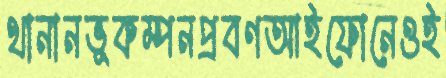
থানানভূকম্পনপ্রবণআইফোনেওই